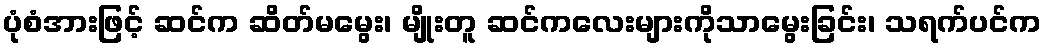
ပုံစံအားဖြင့် ဆင်က ဆိတ်မမွေး၊ မျိုးတူ ဆင်ကလေးများကိုသာမွေးခြင်း၊ သရက်ပင်က